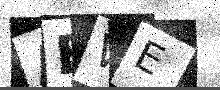
Text: ABWE